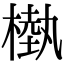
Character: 槸